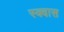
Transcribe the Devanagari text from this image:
स्क्वास